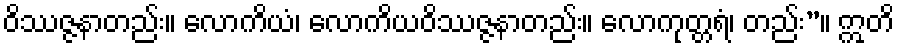
ဝိဿဇ္ဇနာတည်း။ လောကိယံ၊ လောကိယဝိဿဇ္ဇနာတည်း။ လောကုတ္တရံ၊ တည်း”။ ဣတိ